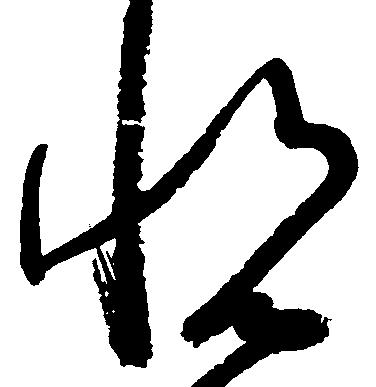
悦